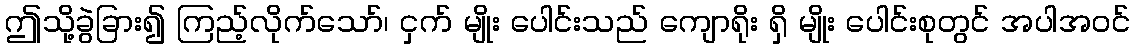
ဤသို့ခွဲခြား၍ ကြည့်လိုက်သော်၊ ငှက် မျိုး ပေါင်းသည် ကျောရိုး ရှိ မျိုး ပေါင်းစုတွင် အပါအဝင်